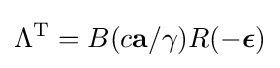
\Lambda ^{\mathrm {T} }=B(c\mathbf {a} /\gamma )R(-{\boldsymbol {\epsilon }})